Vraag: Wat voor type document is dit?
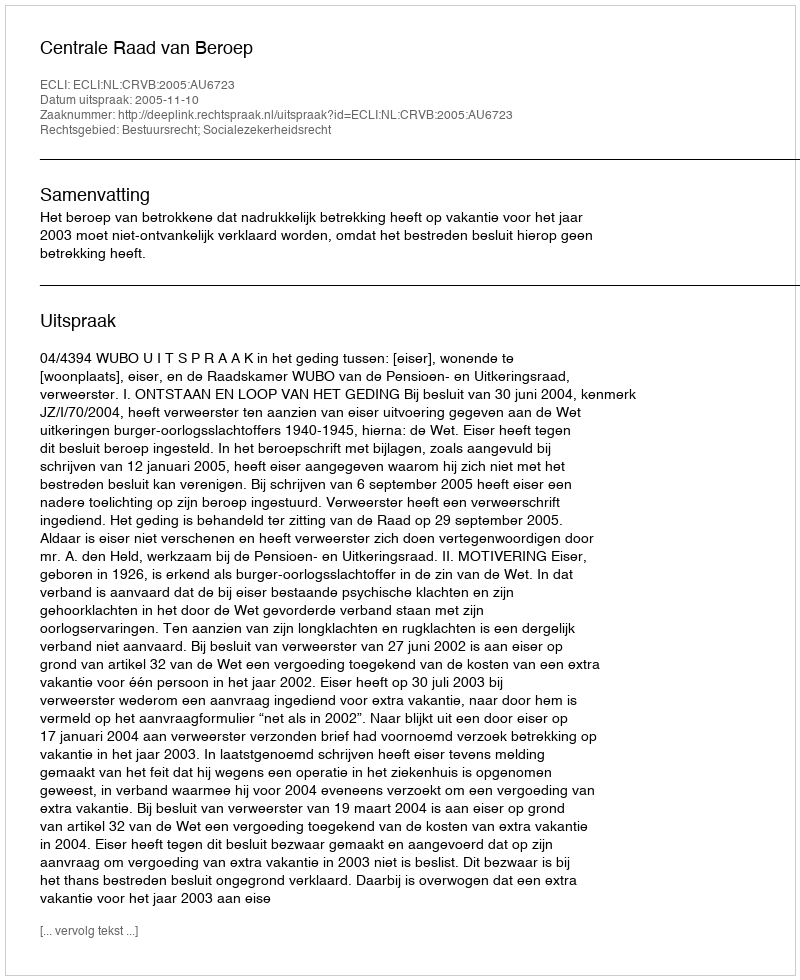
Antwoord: Uitspraak